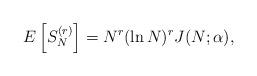
LaTeX: \begin{align*}E\left[S_N^{(r)}\right] = N^r (\ln N)^r J(N; \alpha),\end{align*}